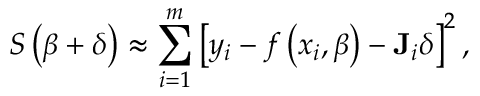
S \left( { \boldsymbol { \beta } } + { \boldsymbol { \delta } } \right) \approx \sum _ { i = 1 } ^ { m } \left[ y _ { i } - f \left( x _ { i } , { \boldsymbol { \beta } } \right) - \mathbf { J } _ { i } { \boldsymbol { \delta } } \right] ^ { 2 } ,